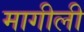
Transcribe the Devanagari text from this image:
मागीली